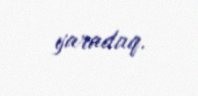
yaradaq.